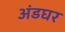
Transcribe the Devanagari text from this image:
अंडघर